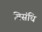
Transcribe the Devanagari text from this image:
विसंधि